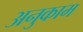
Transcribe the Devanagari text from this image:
अनुकाम